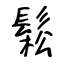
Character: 鬆